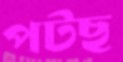
পটছ